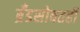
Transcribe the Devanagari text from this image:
ब्रँडसोबतही